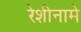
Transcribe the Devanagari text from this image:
रेशीनामे